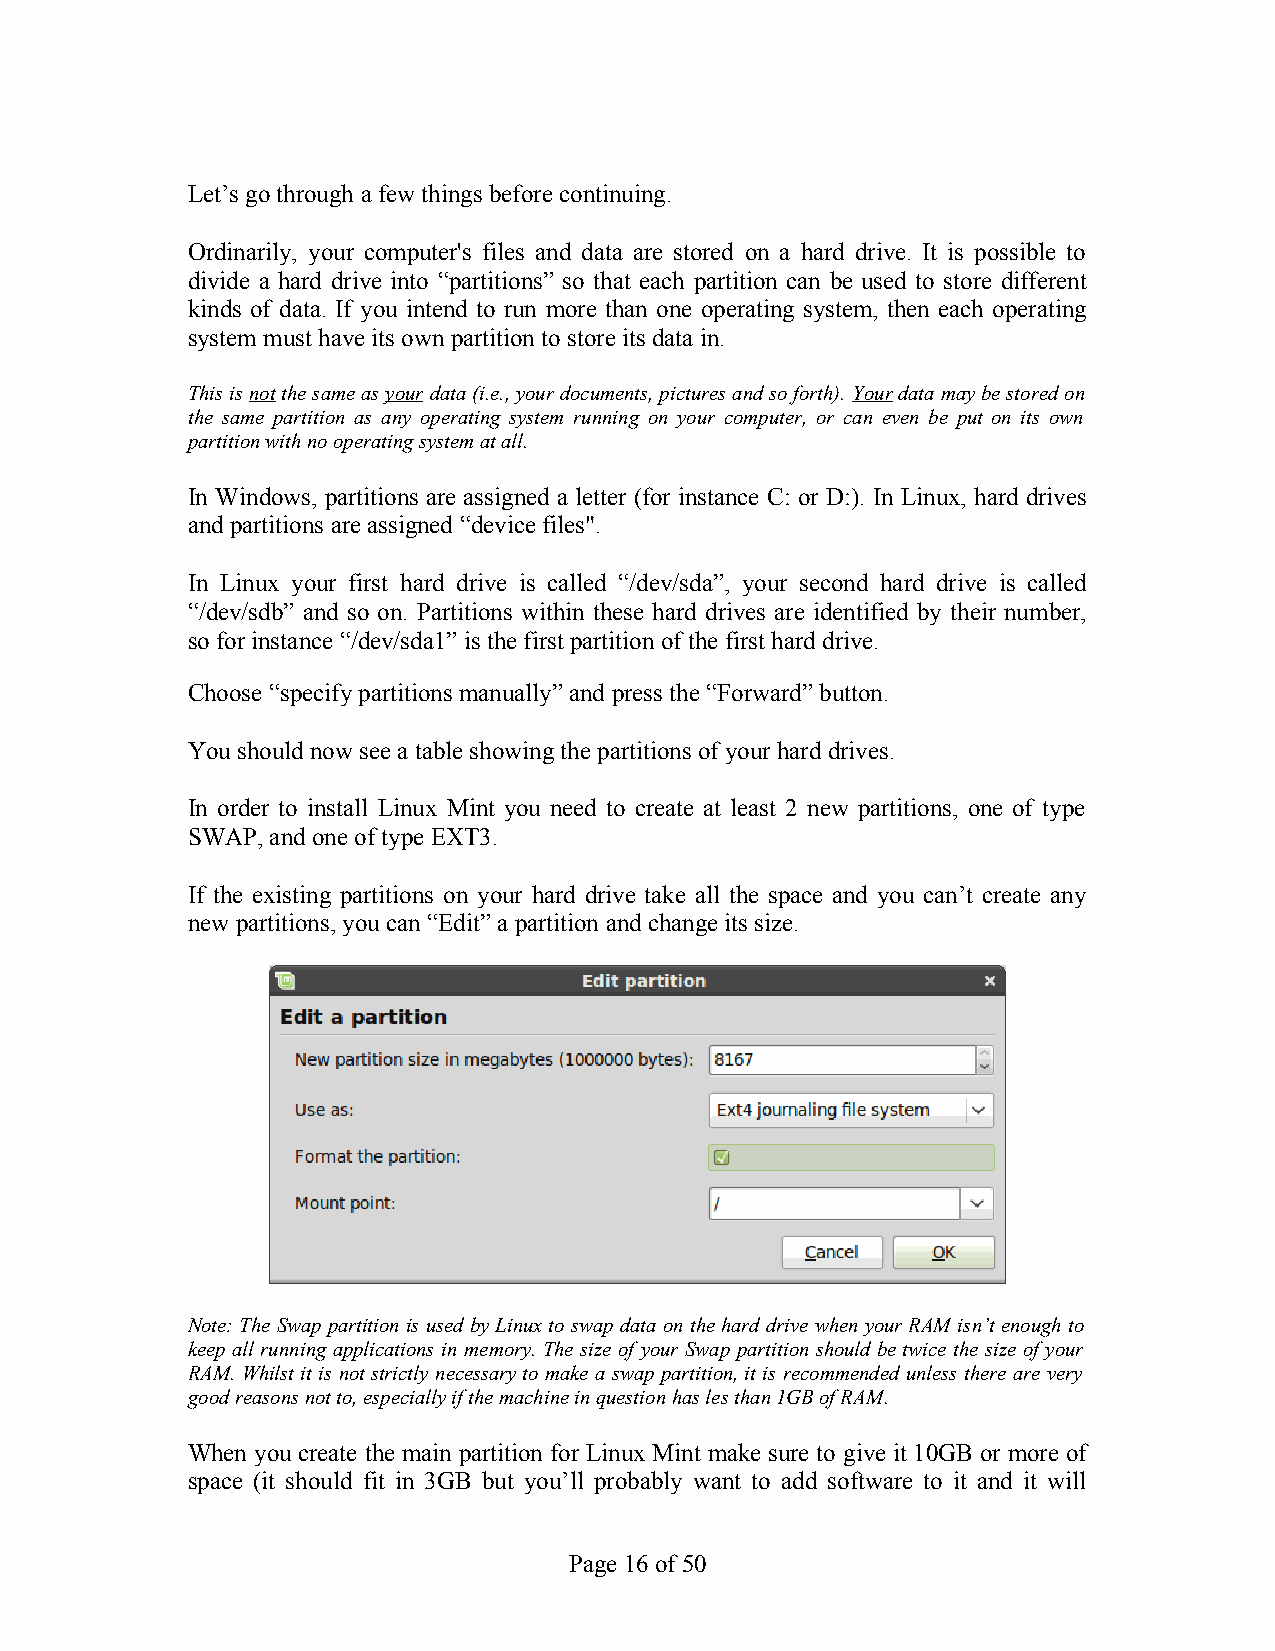
Let’s go through a few things before continuing.
 Ordinarily, your computer's files and data are stored on a hard drive. It is possible to
 divide a hard drive into “partitions” so that each partition can be used to store different
 kinds of data. If you intend to run more than one operating system, then each operating
 system must have its own partition to store its data in.
 This is not the same as your data (i.e., your documents, pictures and so forth). Your data may be stored on
 the same partition as any operating system running on your computer, or can even be put on its own
 partition with no operating system at all.
 In Windows, partitions are assigned a letter (for instance C: or D:). In Linux, hard drives
 and partitions are assigned “device files".
 In Linux your first hard drive is called “/dev/sda”, your second hard drive is called
 “/dev/sdb” and so on. Partitions within these hard drives are identified by their number,
 so for instance “/dev/sda1” is the first partition of the first hard drive.
 Choose “specify partitions manually” and press the “Forward” button.
 You should now see a table showing the partitions of your hard drives.
 In order to install Linux Mint you need to create at least 2 new partitions, one of type
 SWAP, and one of type EXT3.
 If the existing partitions on your hard drive take all the space and you can’t create any
 new partitions, you can “Edit” a partition and change its size.
 Note: The Swap partition is used by Linux to swap data on the hard drive when your RAM isn’t enough to
 keep all running applications in memory. The size of your Swap partition should be twice the size of your
 RAM. Whilst it is not strictly necessary to make a swap partition, it is recommended unless there are very
 good reasons not to, especially if the machine in question has les than 1GB of RAM.
 When you create the main partition for Linux Mint make sure to give it 10GB or more of
 space (it should fit in 3GB but you’ll probably want to add software to it and it will
 Page 16 of 50